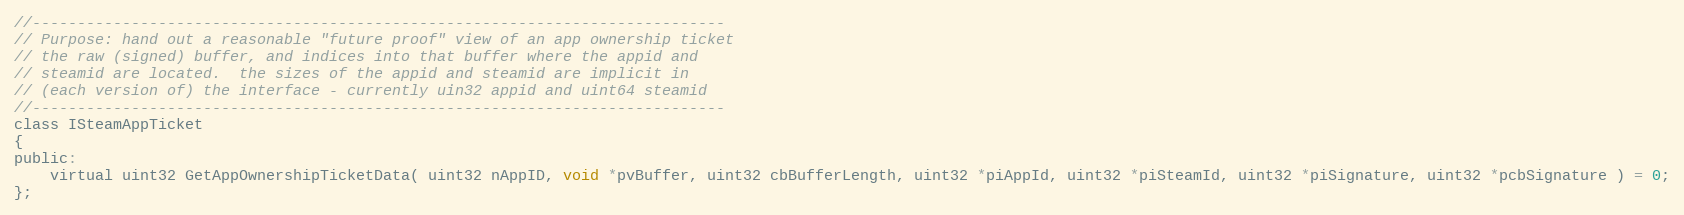
Language: C
//-----------------------------------------------------------------------------
// Purpose: hand out a reasonable "future proof" view of an app ownership ticket
// the raw (signed) buffer, and indices into that buffer where the appid and
// steamid are located.  the sizes of the appid and steamid are implicit in
// (each version of) the interface - currently uin32 appid and uint64 steamid
//-----------------------------------------------------------------------------
class ISteamAppTicket
{
public:
    virtual uint32 GetAppOwnershipTicketData( uint32 nAppID, void *pvBuffer, uint32 cbBufferLength, uint32 *piAppId, uint32 *piSteamId, uint32 *piSignature, uint32 *pcbSignature ) = 0;
};